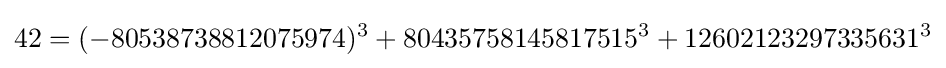
42=(-80538738812075974)^{3}+80435758145817515^{3}+12602123297335631^{3}